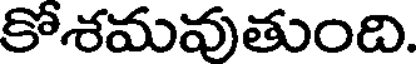
కోశమవుతుంది.